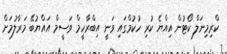
ކްރިމިނަލް ކޯޓުން އިއްޔެ ކުރި ހުކުމްގައި ވަނީ އިބްރާހީމް ވަސީމް އައްޔުބޭ މަރާލުމަށް